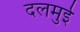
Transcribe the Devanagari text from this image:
दलमुई